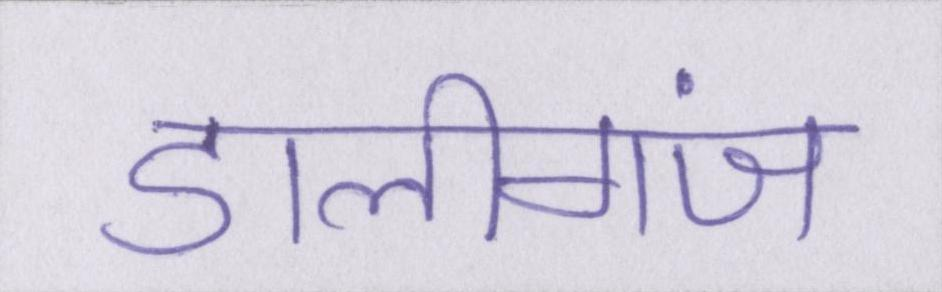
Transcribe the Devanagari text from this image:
डालीगंज